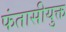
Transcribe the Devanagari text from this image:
फंतासीयुक्त